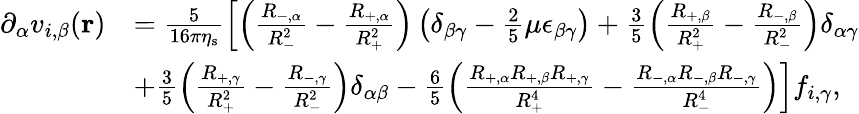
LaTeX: \begin{array}{rl}{\partial_{\alpha}v_{i,\beta}(\mathbf{r})}&{=\frac{5}{16\pi\eta_{\mathrm{s}}}\left[\left(\frac{R_{-,\alpha}}{R_{-}^{2}}-\frac{R_{+,\alpha}}{R_{+}^{2}}\right)\left(\delta_{\beta\gamma}-\frac{2}{5}\mu\epsilon_{\beta\gamma}\right)+\frac{3}{5}\left(\frac{R_{+,\beta}}{R_{+}^{2}}-\frac{R_{-,\beta}}{R_{-}^{2}}\right)\delta_{\alpha\gamma}\right.}\\ &{\left.+\frac{3}{5}\left(\frac{R_{+,\gamma}}{R_{+}^{2}}-\frac{R_{-,\gamma}}{R_{-}^{2}}\right)\delta_{\alpha\beta}-\frac{6}{5}\left(\frac{R_{+,\alpha}R_{+,\beta}R_{+,\gamma}}{R_{+}^{4}}-\frac{R_{-,\alpha}R_{-,\beta}R_{-,\gamma}}{R_{-}^{4}}\right)\right]f_{i,\gamma},}\end{array}